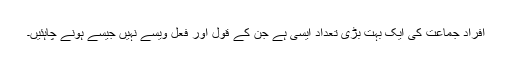
افرادِ جماعت کی ایک بہت بڑی تعداد ایسی ہے جن کے قول اور فعل ویسے نہیں جیسے ہونے چاہئیں۔